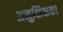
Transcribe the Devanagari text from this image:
अनुशिक्षकों